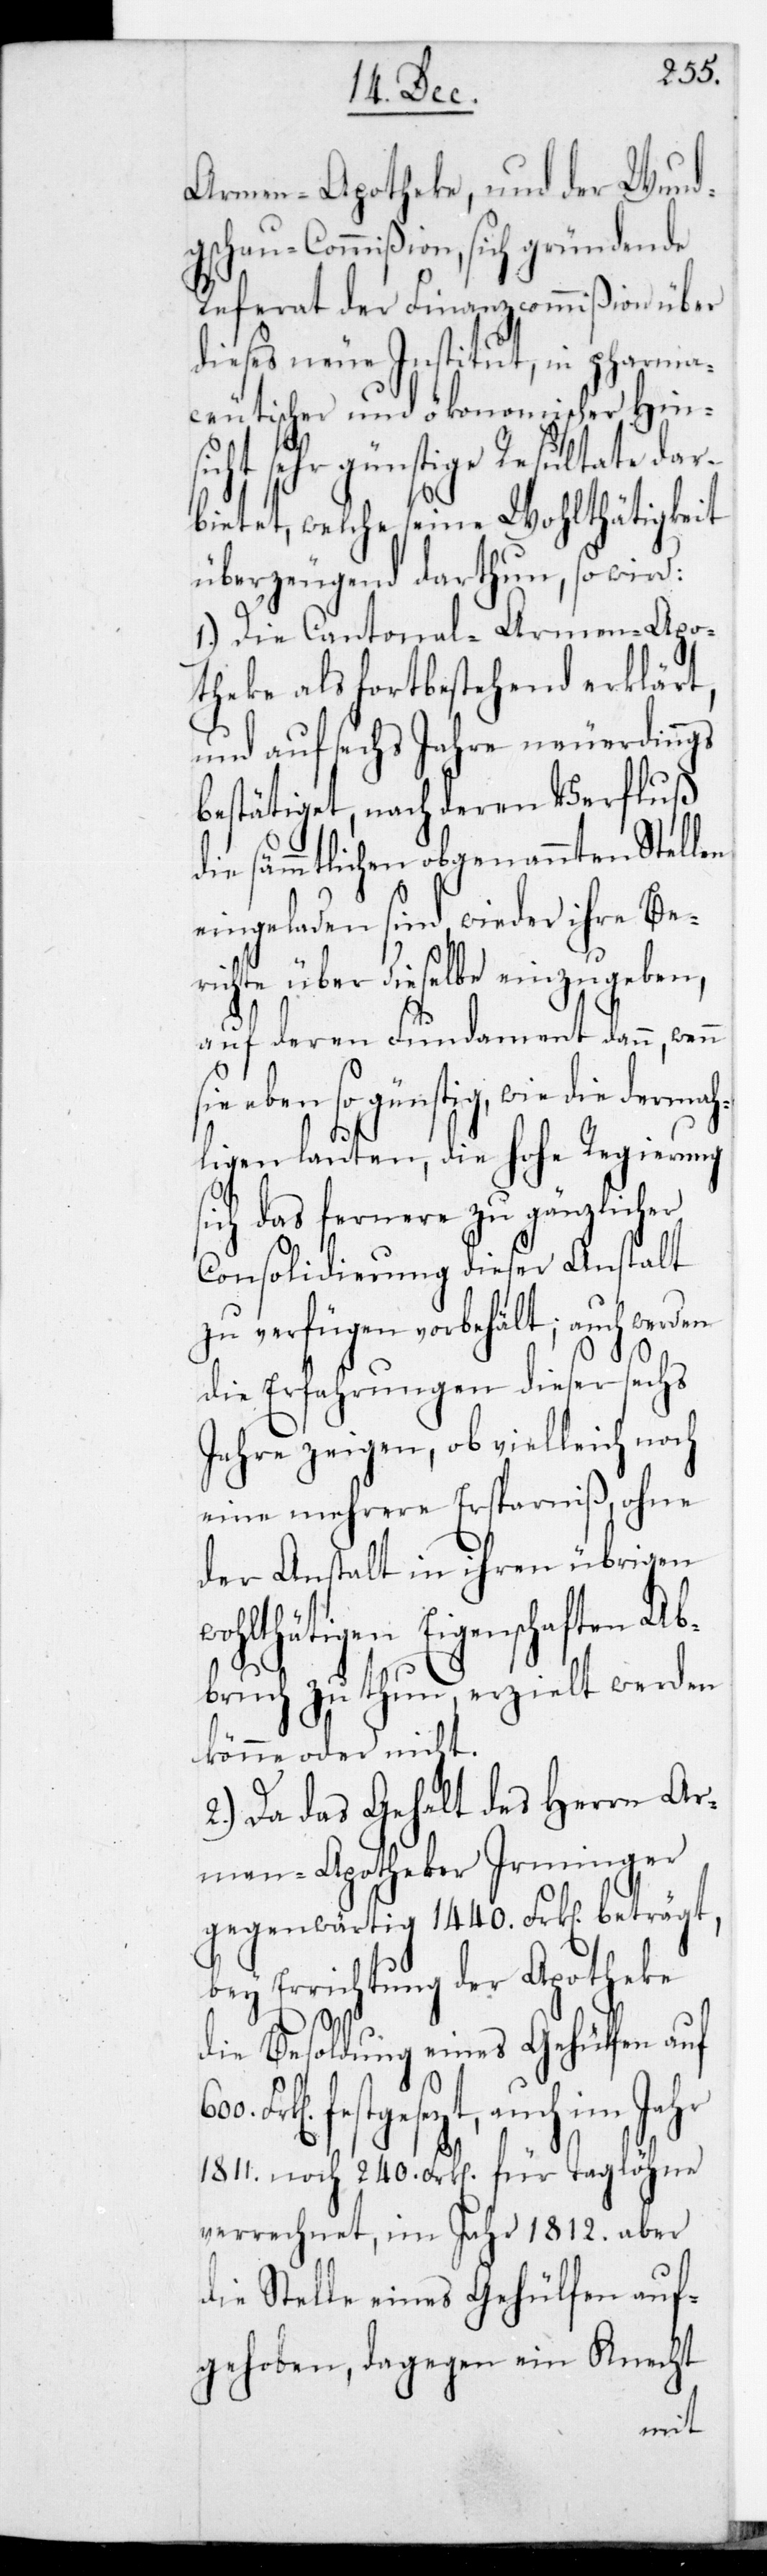
Armen-Apotheke und der Wund¬
gschau-Commißion, sich gründende
Referat der Finanzcommißion über
dieses neue Institut, in pharma¬
ceutischer und ökonomischer Hin¬
sicht sehr günstige Resultate dar¬
bietet, welche seine Wohltätigkeit
überzeugend dartun, so wird:
Die Cantonal-Armen-Apo¬
theke als fortbestehend erklärt,
und auf sechs Jahre neuerdings
bestätiget, nach deren Verfluß
die sämmtlichen obgenannten Stellen
eingeladen sind, wieder ihre Be¬
richte über dieselbe einzugeben,
auf deren Fundament dann, wenn
sie eben so günstig, wie die dermah¬
ligen lauten, die Hohe Regierung
sich das Fernere zu gänzlicher
Consolidierung dieser Anstalt
zu verfügen vorbehält; auch
die Erfahrungen dieser sechs
Jahre zeigen, ob vielleicht noch
eine mehrere Ersparniß ohne
der Anstalt in ihren übrigen
wohltätigen Eigenschaften Ab¬
bruch zu thun, erzielt werden
könne oder nicht.
2.) Da das Gehalt des Herrn Ar¬
men-Apotheker Irminger
gegenwärtig 1440. Frk[en] beträgt,
bey Errichtung der Apotheke
die Besoldung eines Gehülfen auf
festgesetzt, auch im Jahr
1811. noch 240. Frk[en] für Taglöhne
verrechnet, im Jahr 1812. aber
die Stelle eines Gehülfen auf¬
gehoben, dagegen ein Knecht